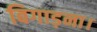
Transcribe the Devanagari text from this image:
बिगाड़ना।